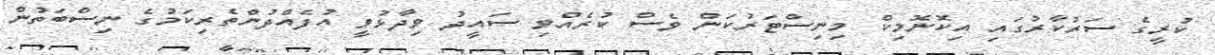
ކުރީގެ ސަރުކާރުގައި އިކޮނޮމިކް މިނިސްޓަރުކަން ވެސް ކުރެއްވި ސައީދު ވިދާޅުވީ އުފެއްދުންތެރިކަމުގެ ނިސްބަތުން